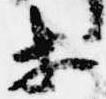
等